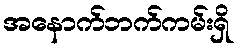
အနောက်ဘက်ကမ်းရှိ